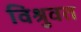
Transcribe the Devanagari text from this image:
विश्रुवत